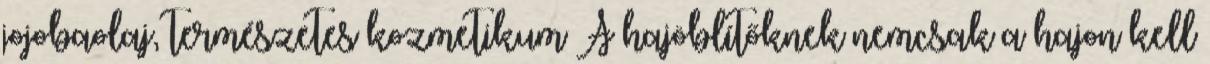
jojobaolaj, természetes kozmetikum A hajöblítőknek nemcsak a hajon kell